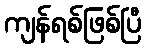
ကျန်ရစ်ဖြစ်ပြီ